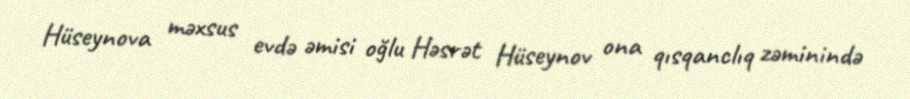
Hüseynova məxsus evdə əmisi oğlu Həsrət Hüseynov ona qısqanclıq zəminində